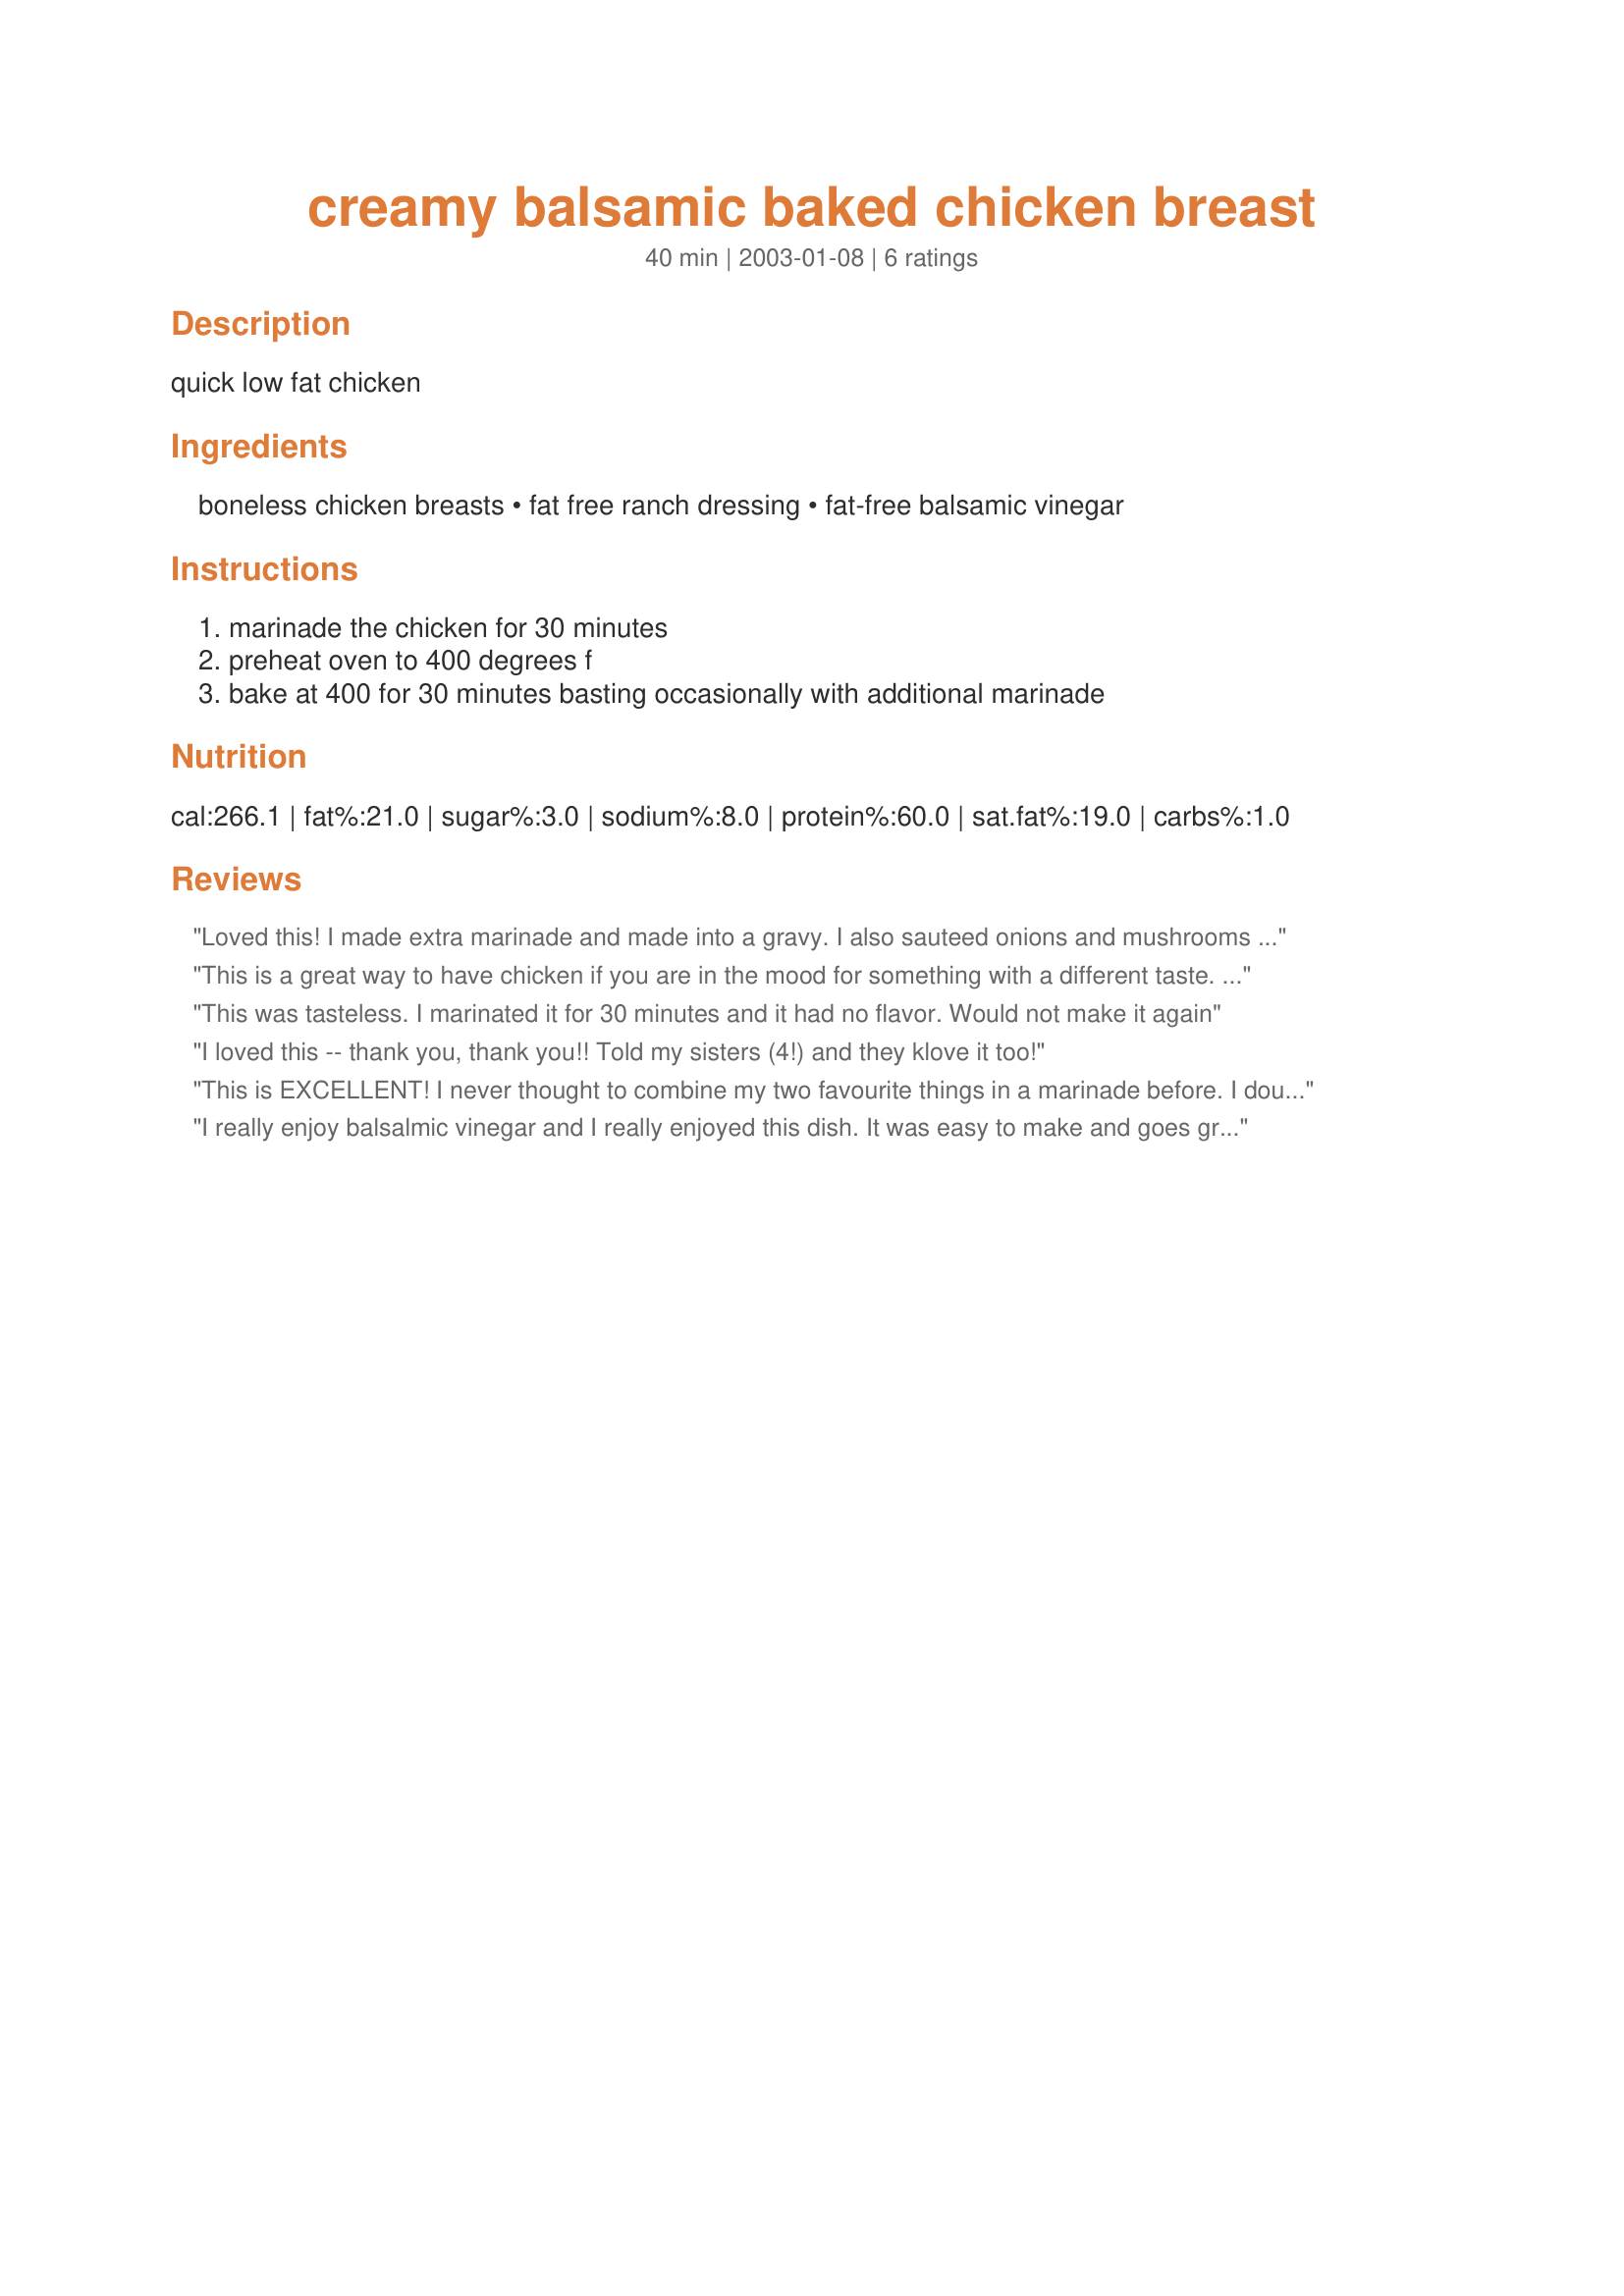
creamy balsamic baked chicken breast
Preparation time: 40 minutes

quick low fat chicken

Ingredients:
boneless chicken breasts, fat free ranch dressing, fat-free balsamic vinegar

Steps:
marinade the chicken for 30 minutes, preheat oven to 400 degrees f, bake at 400 for 30 minutes basting occasionally with additional marinade

Reviews:
Loved this! I made extra marinade and made into a gravy. I also sauteed onions and mushrooms and reduced them with a balsamic vinegar. Topped the chicken with the onions/mushrooms and goat cheese. Put a little gravy on top...Mouth watering!
This is a great way to have chicken if you are in the mood for something with a different taste. Once the chicken was cooked and on the plate, I criss crossed some ranch over the top and ground some cracked black pepper all over the plate. It looked pretty and had a great extra peppery spice to it!
This was tasteless. I marinated it for 30 minutes and it had no flavor. Would not make it again
I loved this -- thank you, thank you!! Told my sisters (4!) and they klove it too!
This is EXCELLENT! I never thought to combine my two favourite things in a marinade before. I doubled the marinade, then marinated in a zip-top plastic bag for about an hour, then dumped the whole thing in a glass baking dish and baked, turning the breasts instead of using the marinade as a basting liquid. Tender, juicy, and absolutely delicious. The only thing is, the times on this recipe have to be wrong. You can't marinate for 30 minutes and bake for 30 minutes, and get 40 minutes total time.
I really enjoy balsalmic vinegar and I really enjoyed this dish. It was easy to make and goes great with a nice crisp salad and some yogurt for dessert. The vinegar flavors the chicken nicely and the ranch dressing adds a nice zip.
